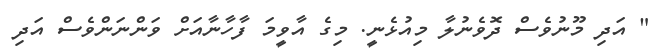
" އަދި މޫނުވެސް ދޮވެނުލާ މިއުޅެނީ. މިގެ އާވީމަ ފާހާނާއަށް ވަންނަންވެސް އަދި